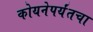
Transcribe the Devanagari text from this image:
कोयनेपर्यंतचा